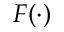
F ( \cdot )